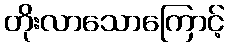
တိုးလာသောကြောင့်